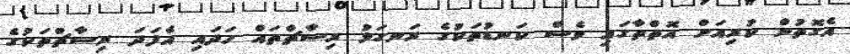
އެގޮތުން ކުރިއަށް އޮތްތާގައި ވެސް ކަނޑުތަކުގެ ރަނގަޅު ރިސާޗްތައް ހަދައި އެފަދަ ރިސާޗްތަކުގެ